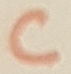
Text: C